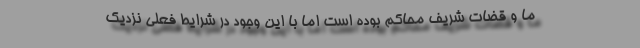
ما و قضات شریف محاکم بوده است اما با این وجود در شرایط فعلی نزدیک